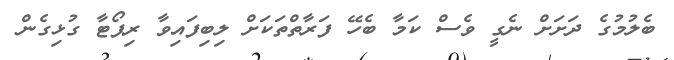
ބެލުމުގެ ދަށަށް ނެގީ ވެސް ކަމާ ބެހޭ ފަރާތްތަކަށް ލިބިފައިވާ ރިޕޯޓާ ގުޅިގެން